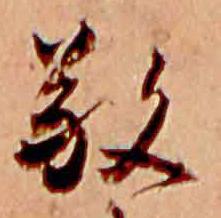
敬